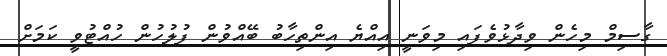
ގާސިމް މިހެން ވިދާޅުވެފައި މިވަނީ އިއްޔެ އިންތިހާބު ބޭއްވުން ފުލުހުން ހުއްޓުވީ ކަމަށް